Report on vaccination in Madras 1904-1921 - 1904-1921
Year: 1904
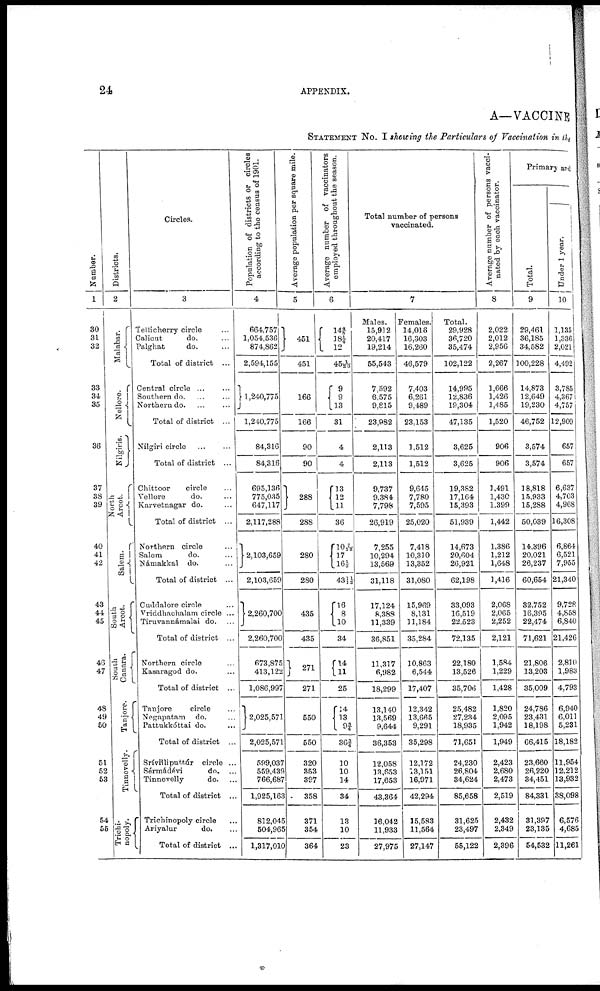
24
APPENDIX.
A—VACCINE
STATEMENT No. I showing the Particulars of Vaccination in the
Number.
1
30
31
32
33
34
35
36
37
38
39
40
41
42
43
44
45
46
47
48
49
50
51
52
53
54
55
Districts.
2
Malabar.
Nellore.
Nilgiris.
North
Arcot.
Salem.
South
Arcot.
South
Canara.
Tanjore.
Tinnevelly.
Trichi-
nopoly.
Circles.
3
Tellicherry circle...
Calicut
do. ...
Palghat
do. ...
Total of district ...
Central circle... ...
Southern do. ... ...
Northern do. ... ...
Total of district ...
Nilgiri circle... ...
Total of district ...
Chittoor circle...
Vellore
do. ...
Karvetnagar do. ...
Total of district ...
Northern circle...
Salem
do. ...
Námakkal do. ...
Total of district ...
Cuddalore circle...
Vriddhachalam circle ...
Tiruvannámalai do. ...
Total of district ...
Northern circle...
Kasaragod do. ...
Total of district ...
Tanjore
circle...
Negapatam do. ...
Pattukkóttai do. ...
Total of district ...
Srívilliputtúr circle ...
Sérmádévi
do. ...
Tinnevelly
do. ...
Total of district ...
Trichinopoly circle...
Ariyalur
do. ...
Total of district ...
Population of districts or circles
according to the census of 1901.
4
664,757
1,054,536
874,862
2,594,155
1,240,775
1,240,775
84,316
84,316
695,136
775,035
647,117
2,117,288
2,103,659
2,103,659
2,260,700
2,260,700
673,875
413,122
1,086,997
2,025,571
2,025,571
599,037
559,439
766,687
1,925,163
812,045
504,965
1,317,010
Average population per square mile.
5
451
451
166
166
90
90
288
288
280
280
435
435
271
271
550
550
320
353
397
358
371
354
364
Average number of vaccinators
employed throughout the season.
6
14 4/5
18 1/4
12
45 1/20
9
9
13
31
4
4
13
l2
11
36
10 7/12
17
16 1/3
48 1/1 1/2
l6
8
10
34
14
11
25
14 13
9 ¾
36 ¾
10
10
14
34
13
10
23
Total number of persons
vaccinated.
Males.
15,912
20,417
19,214
55,543
7,592
6,575
9,815
23,982
2,113
2,113
9,737
9,384
7,798
26,919
7,255
10,294
13,569
31,118
17,124
8,388
11,339
36,851
11,317
6,982
18,299
13,140
13,569
9,644
36,353
12,058
13,653
17,653
43,364
16,042
11,933
27,975
7
Females.
14,016
16,303
16,260
46,579
7,403
6,261
9,489
23,153
1,512
1,512
9,645
7,780
7,595
25,020
7,418
10,310
13,352
31,080
15,969
8,131
11,184
35,284
10,863
6,544
17,407
12,342
13,665
9,291
35,298
12,172
13,151
16,971
42,294
15,583
11,564
27,147
Total.
29,928
36,720
35,474
102,122
14,995
12,836
19,304
47,135
3,625
3,625
19,382
17,164
15,393
51,939
14,673
20,604
26,921
62,198
33,093
16,519
22,523
72,135
22,180
13,526
35,706
25,482
27,234
18,935
71,651
24,230
26,804
34,624
85,658
31,625
23,497
55,122
Average number of persons vacci-
nated by each vaccinator.
8
2,022
2,012
2,956
2,267
1,666
1,426
1,485
1,520
906
906
1,491
1,430
1,399
1,442
1,386
1,212
1,648
1,416
2,068
2,065
2,252
2,121
1,584
1,229
1,428
1,820
2,095
1,942
1,949
2,423
2,680
2,473
2,519
2,432
2,349
2,396
Primary and
Total.
9
29,461
36,185
34,582
100,228
14,873
12,649
19,230
46,752
3,574
3,574
18,818
15,933
15,288
50,039
14,396
20,021
26,237
60,654
32,752
16,395
22,474
71,621
21,806
13,203
35,009
24,786
23,431
18,198
66,415
23,660
26,220
34,451
84,331
31,397
23,135
54,532
Under 1 year.
10
1,135
1,336
2,021
4,492
3,785
4,367
4,757
12,909
657
657
6,637
4,703
4,968
16,308
6,864
6,521
7,955
21,340
9,728
4,858
6,840
21,426
2,810
1,983
4,793
6,940
6,011
5,231
18,182
11,954
12,212
13,932
38,098
6,576
4,685
11,261